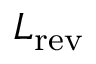
\boldsymbol { L } _ { \mathrm { r e v } }